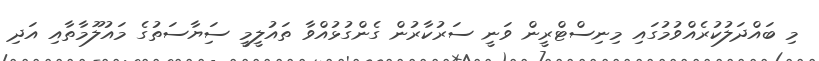
މި ބައްދަލުކުރެއްވުމުގައި މިނިސްޓްރީން ވަނީ ސަރުކާރުން ގެންގުޅުއްވާ ތައުލީމީ ސަިޔާސަތުގެ މައުލޫމާތާއި އަދި